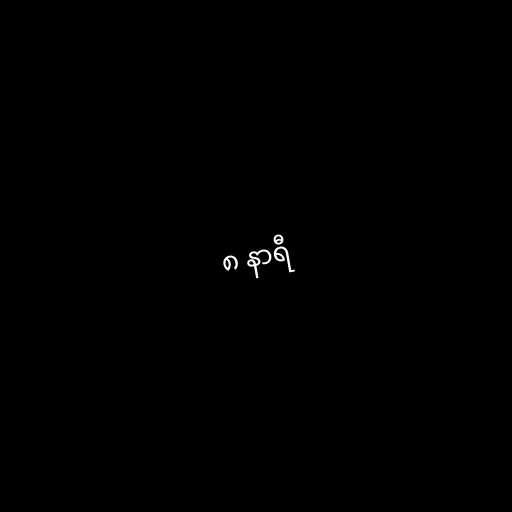
၈ နာရီ